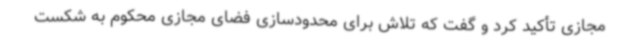
مجازی تأکید کرد و گفت که تلاش برای محدودسازی فضای مجازی محکوم به شکست